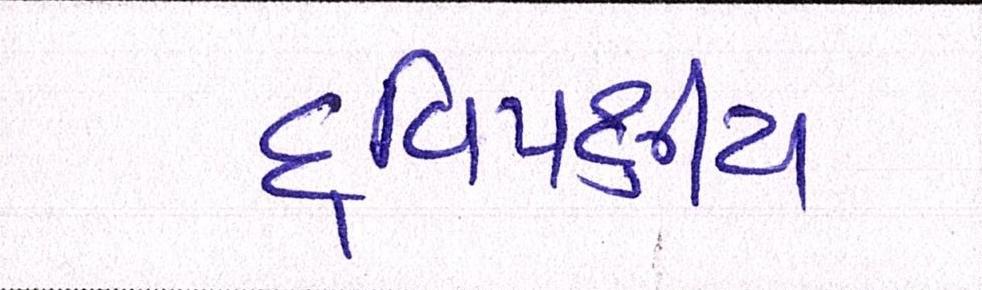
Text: દ્વિપક્ષીય